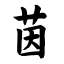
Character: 茵